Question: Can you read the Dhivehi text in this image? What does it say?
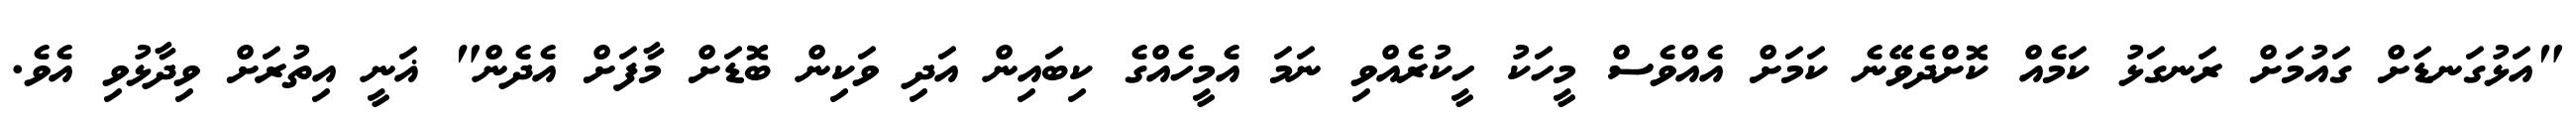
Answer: "އަޅުގަނޑަށް ގައުމަށް ރަނގަޅު ކަމެއް ކޮށްދެވޭނެ ކަމަށް އެއްވެސް މީހަކު ހީކުރެއްވި ނަމަ އެމީހެއްގެ ކިބައިން އަދި ވަކިން ބޮޑަށް މާފަށް އެދެން" ޣަނީ އިތުރަށް ވިދާޅުވި އެވެ.